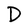
Character: D